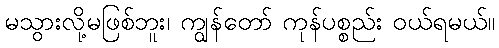
မသွားလို့မဖြစ်ဘူး၊ ကျွန်တော် ကုန်ပစ္စည်း ဝယ်ရမယ်။